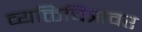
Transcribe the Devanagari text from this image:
व्यक्तिचित्रांवर